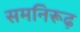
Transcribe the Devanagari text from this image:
समनिरूढ़